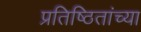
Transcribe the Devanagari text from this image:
प्रतिष्ठितांच्या